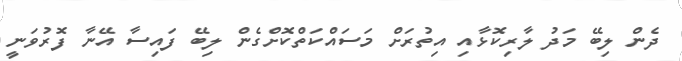
ދެން ލިބޭ މަދު ލާރިކޮޅާއި އިތުރަށް މަސައްކަތްކޮށްގެން ލިބޭ ފައިސާ އޭނާ ފޮރުވަނީ